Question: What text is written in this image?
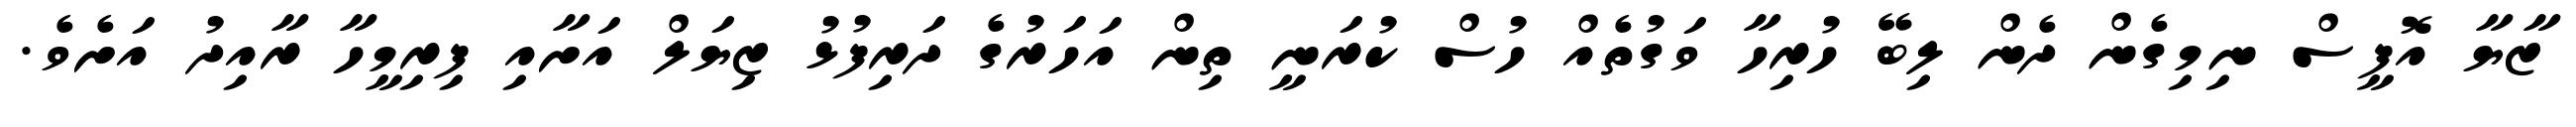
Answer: ޒާޔާ އޮފީސް ނިމިގެން ދެން ލިބޭ ހުރިހާ ވަގުތެއް ހުސް ކުރަނީ ތިން އަހަރުގެ ދަރިފުޅު ޒިޔަލް އަށާއި ފިރިމީހާ ރާއިދު އަށެވެ.